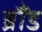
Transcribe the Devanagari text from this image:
ब्रौंड